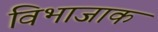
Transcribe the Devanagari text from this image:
विभाजाक